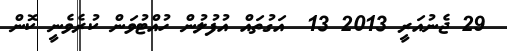
29 ޖެނުއަރީ 2013 13  އަގުތައް އުފުލުން ހުއްޓުވަން ކުރެވެނީ ކޮން